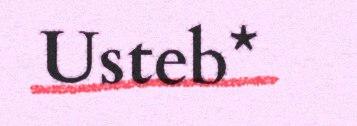
Usteb*